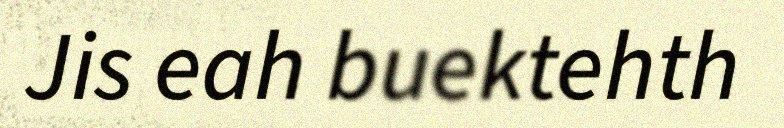
Jis eah buektehth